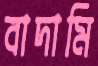
বাদামি